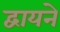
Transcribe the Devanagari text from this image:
द्वायने